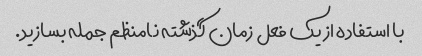
با استفاده از یک فعل زمان گذشته نامنظم جمله بسازید.